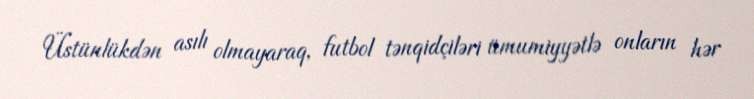
Üstünlükdən asılı olmayaraq, futbol tənqidçiləri ümumiyyətlə onların hər